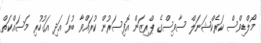
މޯލްޑިވްސް ކަރެކްޝަނަލް ސާވިސްގެ ޕްރިޒަން އޮފިސަރުން ކުރައްވާ ބުރަ އަދި އަގުހުރި މަސައްކަތް